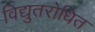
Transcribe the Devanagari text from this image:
विद्युतरोधित